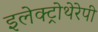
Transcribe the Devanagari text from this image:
इलेक्ट्रोथेरेपी